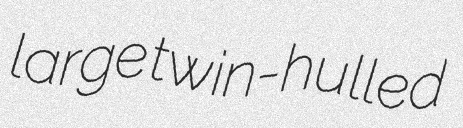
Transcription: large twin-hulled